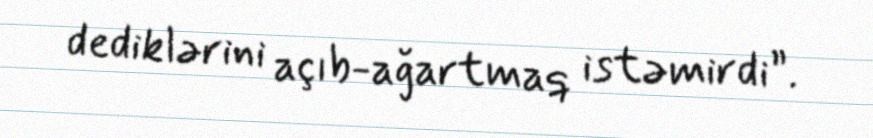
dediklərini açıb-ağartmaq istəmirdi”.